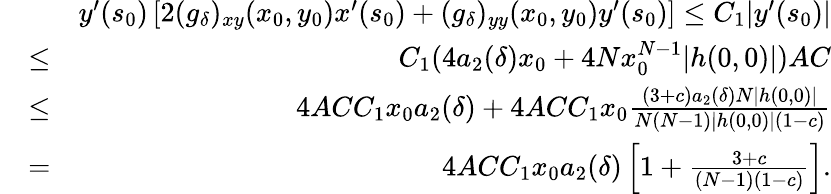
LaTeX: \begin{array}{rlr}&{}&{y^{\prime}(s_{0})\left[2(g_{\delta})_{xy}(x_{0},y_{0})x^{\prime}(s_{0})+(g_{\delta})_{yy}(x_{0},y_{0})y^{\prime}(s_{0})\right]\leq C_{1}|y^{\prime}(s_{0})|}\\ &{\leq}&{C_{1}(4a_{2}(\delta)x_{0}+4Nx_{0}^{N-1}|h(0,0)|)AC}\\ &{\leq}&{4ACC_{1}x_{0}a_{2}(\delta)+4ACC_{1}x_{0}\frac{(3+c)a_{2}(\delta)N|h(0,0)|}{N(N-1)|h(0,0)|(1-c)}}\\ &{=}&{4ACC_{1}x_{0}a_{2}(\delta)\left[1+\frac{3+c}{(N-1)(1-c)}\right].}\end{array}